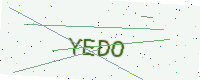
Text: YEDO